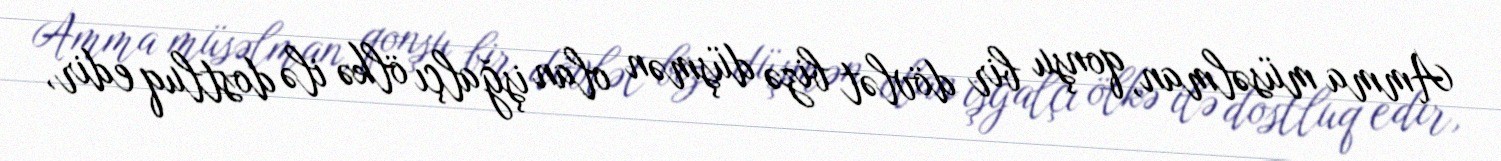
Amma müsəlman, qonşu bir dövlət bizə düşmən olan işğalçı ölkə ilə dostluq edir,